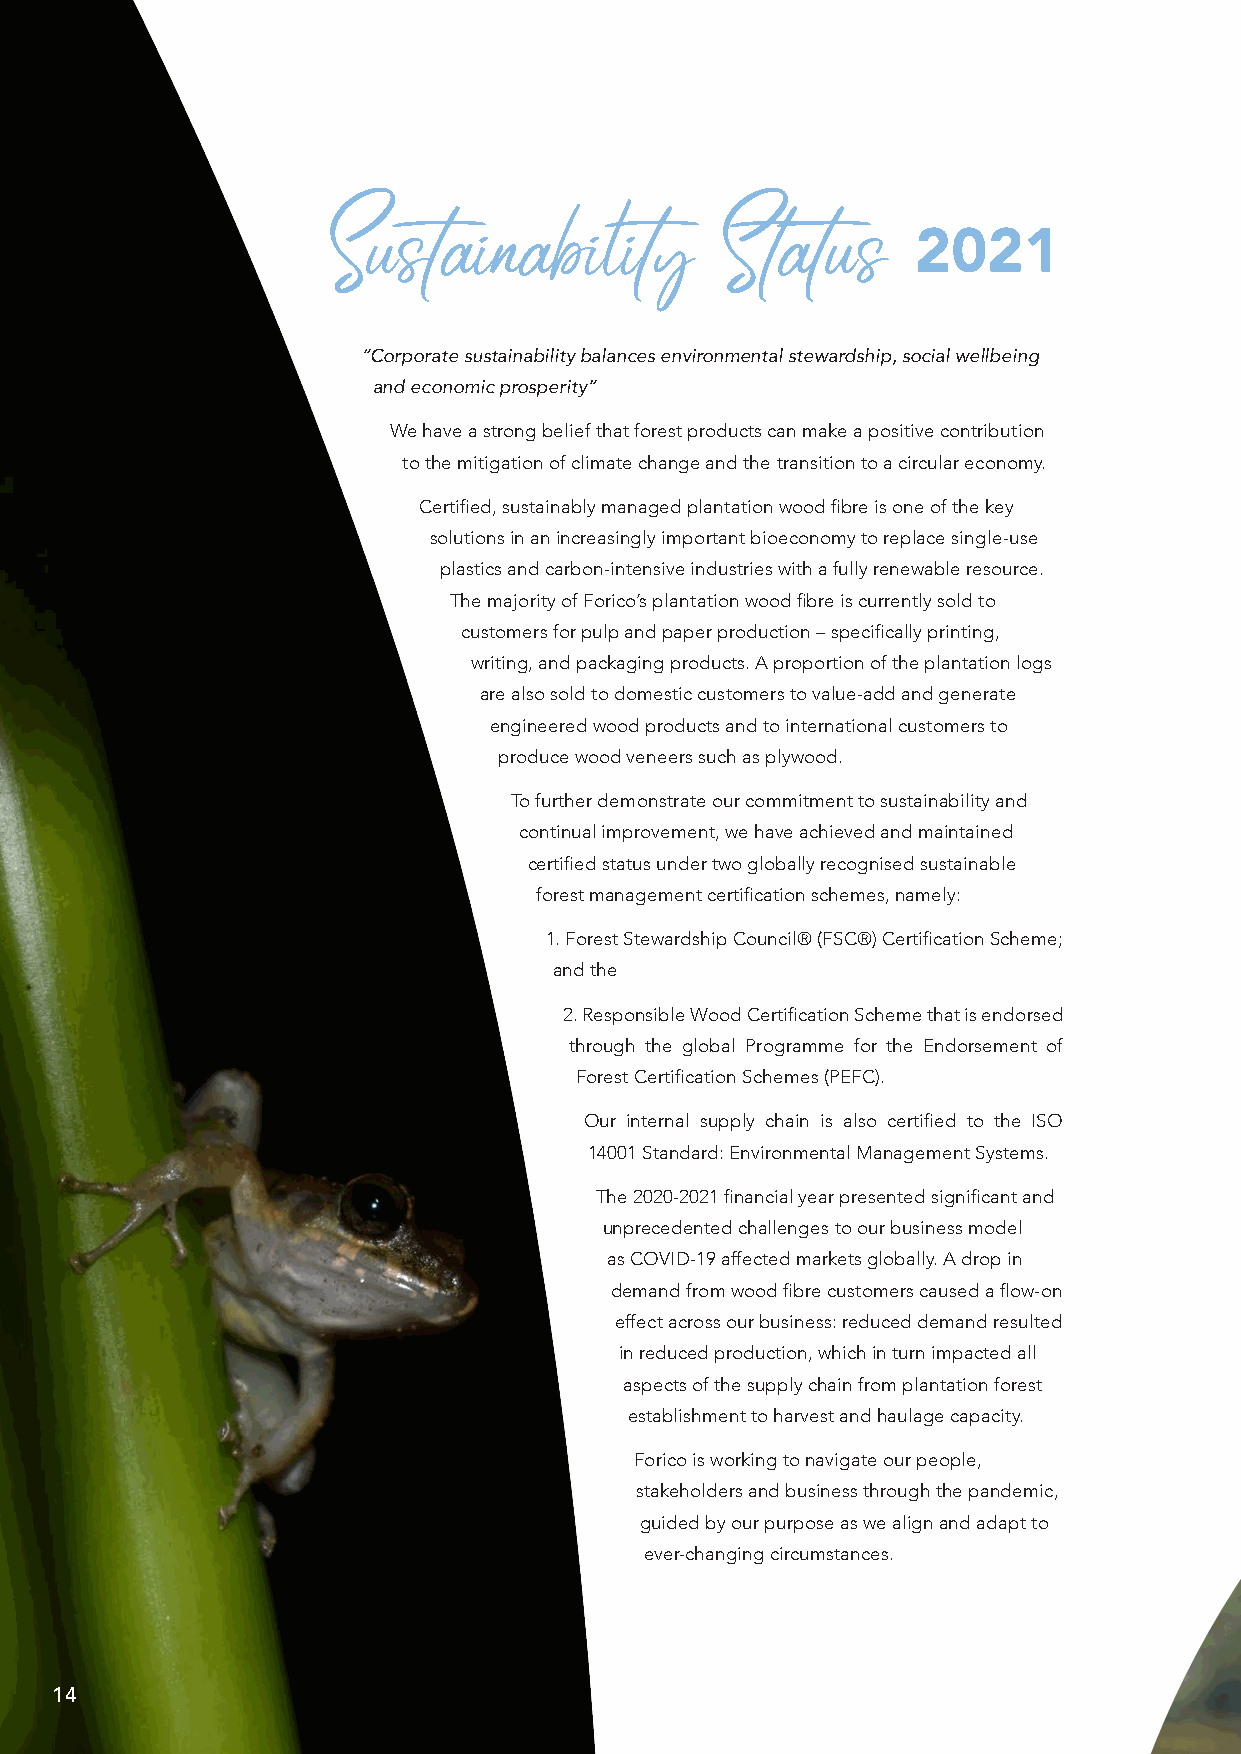
2021
 Sustainability            Status
 “Corporate sustainability balances environmental stewardship, social wellbeing
 and economic prosperity”
 We have a strong belief that forest products can make a positive contribution
 to the mitigation of climate change and the transition to a circular economy.
 Certified, sustainably managed plantation wood fibre is one of the key
 solutions in an increasingly important bioeconomy to replace single-use
 plastics and carbon-intensive industries with a fully renewable resource.
 The majority of Forico’s plantation wood fibre is currently sold to
 customers for pulp and paper production – specifically printing,
 writing, and packaging products. A proportion of the plantation logs
 are also sold to domestic customers to value-add and generate
 engineered wood products and to international customers to
 produce wood veneers such as plywood.
 To further demonstrate our commitment to sustainability and
 continual improvement, we have achieved and maintained
 certified status under two globally recognised sustainable
 forest management certification schemes, namely:
 1. Forest Stewardship Council® (FSC®) Certification Scheme;
 and the
 2. Responsible Wood Certification Scheme that is endorsed
 through the global Programme for the Endorsement of
 Forest Certification Schemes (PEFC).
 Our internal supply chain is also certified to the ISO
 14001 Standard: Environmental Management Systems.
 The 2020-2021 financial year presented significant and
 unprecedented challenges to our business model
 as COVID-19 affected markets globally. A drop in
 demand from wood fibre customers caused a flow-on
 effect across our business: reduced demand resulted
 in reduced production, which in turn impacted all
 aspects of the supply chain from plantation forest
 establishment to harvest and haulage capacity.
 Forico is working to navigate our people,
 stakeholders and business through the pandemic,
 guided by our purpose as we align and adapt to
 ever-changing circumstances.
 14